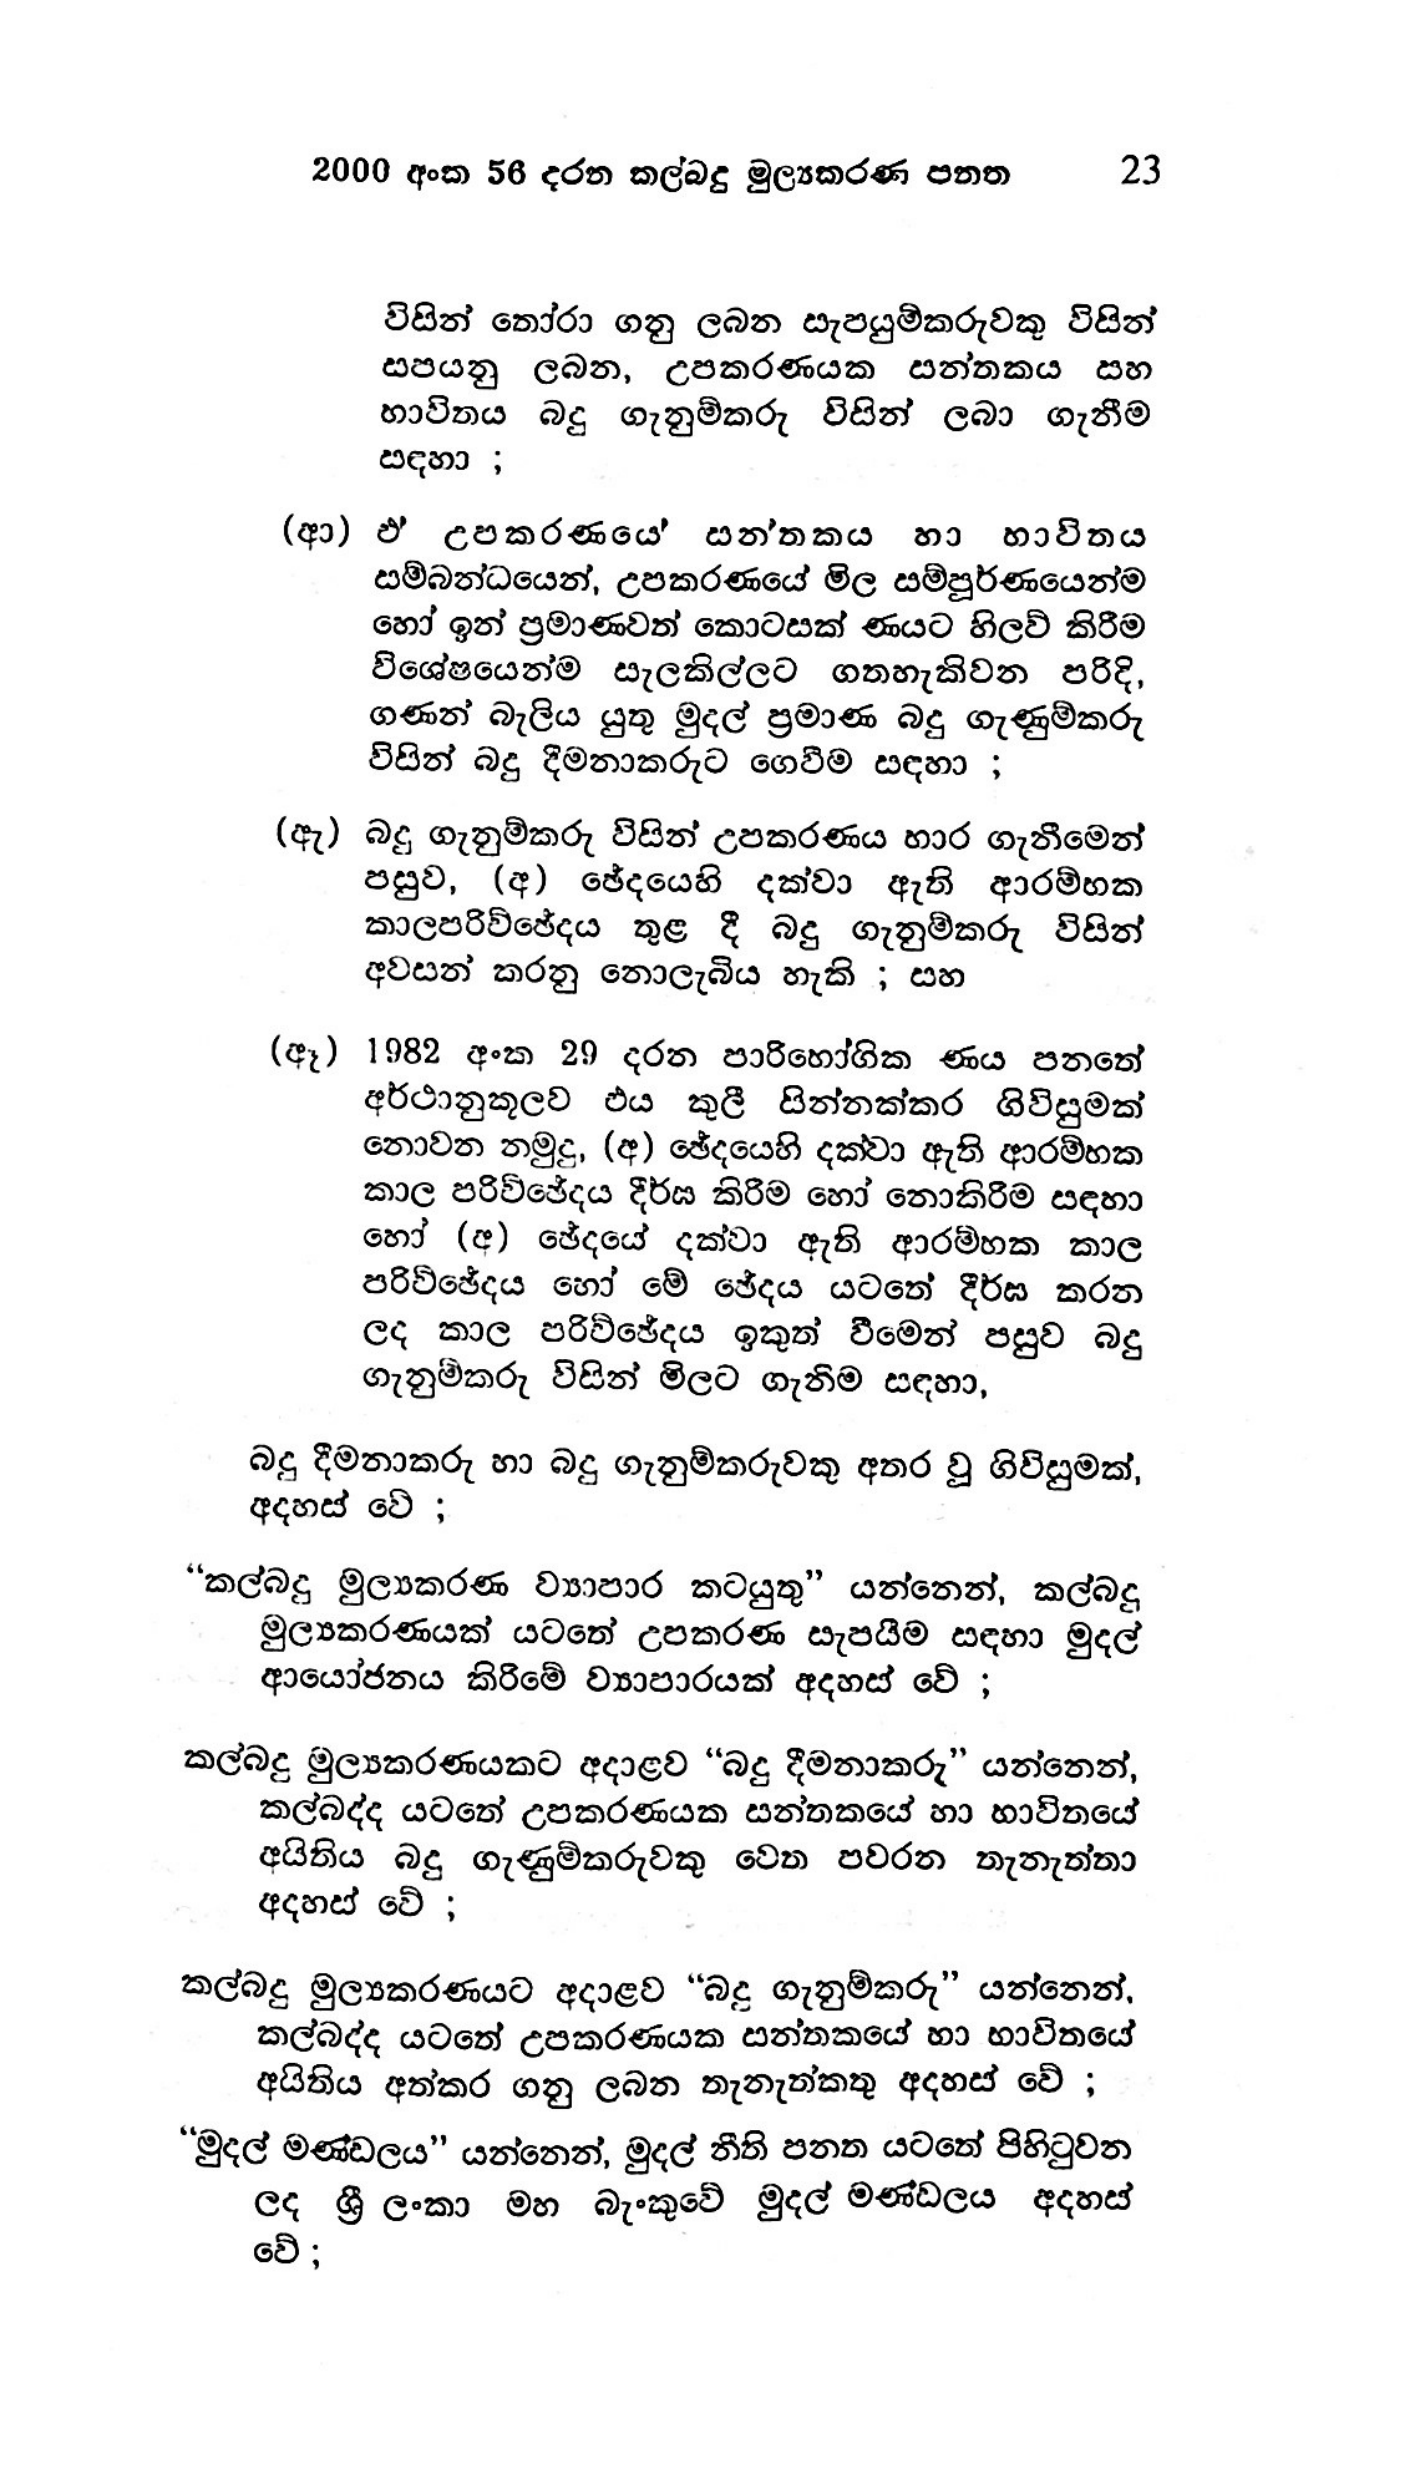
2000 අංක 56 දරන කල්බදු මුල්‍යකරණ පනත 23

විසින් තෝරා ගනු ලබන සැපයුම්කරුවකු විසින්
සපයනු ලබන, උපකරණයක සන්තකය
භාවිතය බදු ගැනුම්කරු විසින් ලබා ගැනීම
සඳහා;

(ආ) ඵ උපකරණයෙ’ සන්තකය හා භාවිතය
සම්බන්ධයෙන්, උපකරණයේ මිල සම්පූර්ණයෙන්ම
හෝ ඉන් ප්‍රමාණවත් කොටසක් ණයට හිලව් කිරීම
විශේෂයෙන්ම සැලකිල්ලට ගතහැකිවන පරිදි,
ගණන් බැලිය යුතු මුදල් ප්‍රමාණ බදු ගැණුම්කරු
විසින් බදු දීමනාකරුට ගෙවීම සඳහා ;

(ඇ) බදු ගැනුම්කරු විසින් උපකරණය භාර ගැනීමෙන්
පසුව, (අ) ඡේදයෙහි දක්වා ඇති ආරම්භක
කාලපරිච්ඡේදය තුළ දී බදු ගැනුම්කරු විසින්
අවසන් කරනු නොලැබිය හැකි ; සහ

(ඈ) 1982 අංක 29 දරන පාරිභෝගික ණය පනතේ
අර්ථානුකූලව එය කුලී සින්නක්කර ගිවිසුමක්
නොවන නමුදු, (අ) ඡේදයෙහි දක්වා ඇති ආරම්භක
කාල පරිච්ඡේදය දීර්ඝ කිරීම හෝ නොකිරීම සඳහා
හෝ (අ) ඡේදයේ දක්වා ඇති ආරම්භක කාල
පරිච්ඡේදය හෝ මේ ඡේදය යටතේ දීර්ඝ කරන
ලද කාල පරිච්ඡේදය ඉකුත් වීමෙන් පසුව බදු
ගැනුම්කරු විසින් මිලට ගැනිම සඳහා,

බදු දීමනාකරු හා බදු ගැනුම්කරුවකු අතර වූ ගිවිසුමක්,
අදහස් වේ ;

“කල්බදු මුල්‍යකරණ ව්‍යාපාර කටයුතු” යන්නෙන්, කල්බදු
මුල්‍යකරණයක් යටතේ උපකරණ සැපයීම සඳහා මුදල්
ආයෝජනය කිරීමේ ව්‍යාපාරයක් අදහස් වේ ;

කල්බදු මුල්‍යකරණයකට අදාළව “බදු දීමනාකරු” යන්නෙන්,
කල්බද්ද යටතේ උපකරණයක සන්තකයේ හා භාවිතයේ
අයිතිය බදු ගැණුම්කරුවකු වෙත පවරන තැනැත්තා
අදහස් වේ ;

කල්බදු මුල්‍යකරණයට අදාළට “බදු ගැනුම්කරු” යන්නෙන්,
කල්බද්ද යටතේ උපකරණයක සන්තකයේ හා භාවිතයේ
අයිතිය අත්කර ගනු ලබන තැනැත්කතු අදහස් වේ ;

“මුදල් මණ්ඩලය” යන්නෙන්, මුදල් නීති පනත යටතේ පිහිටුවන
ලද ශ්‍රී ලංකා මහ බැංකුවේ මුදල් මණ්ඩලය අදහස්
වේ ;